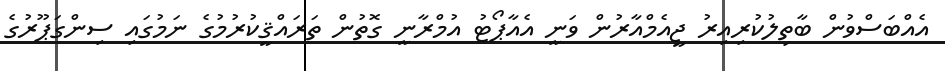
އެއްބަސްވުން ބާތިލުކުރިއިރު ޖީއެމްއާރުން ވަނީ އެއާޕޯޓު އުމްރާނީ ގޮތުން ތަރައްޤީކުރުމުގެ ނަމުގައި ސިންގަޕޫރުގެ